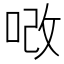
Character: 𠳚